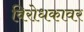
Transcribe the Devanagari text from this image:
विरोधकावर